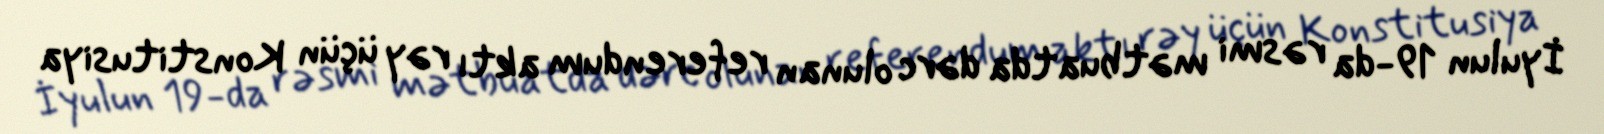
İyulun 19-da rəsmi mətbuatda dərc olunan referendum aktı rəy üçün Konstitusiya